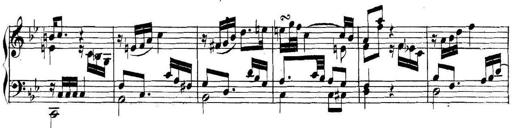
Title: Collected Piano Sonatas
Composer: Muzio Clementi